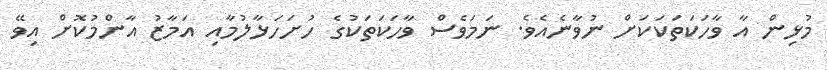
މުޅިން އާ ވާހަކަތަކަކަށް ނުވާނެއެވެ. ނަމަވެސް ވާހަކަތަކުގެ ހުށަހަޅާލުމާއި އަމާޒު އާންމުކޮށް އިވޭ